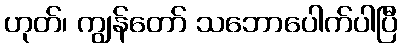
ဟုတ်၊ ကျွန်တော် သဘောပေါက်ပါပြီ